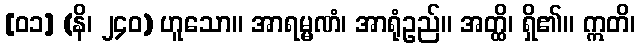
[၀၁] (နိ၊ ၂၄၀) ဟူသော။ အာရမ္မဏံ၊ အာရုံဥည်။ အတ္ထိ၊ ရှိ၏။ ဣတိ၊